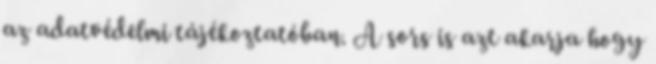
az adatvédelmi tájékoztatóban. A sors is azt akarja hogy